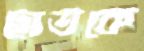
ছাতকে